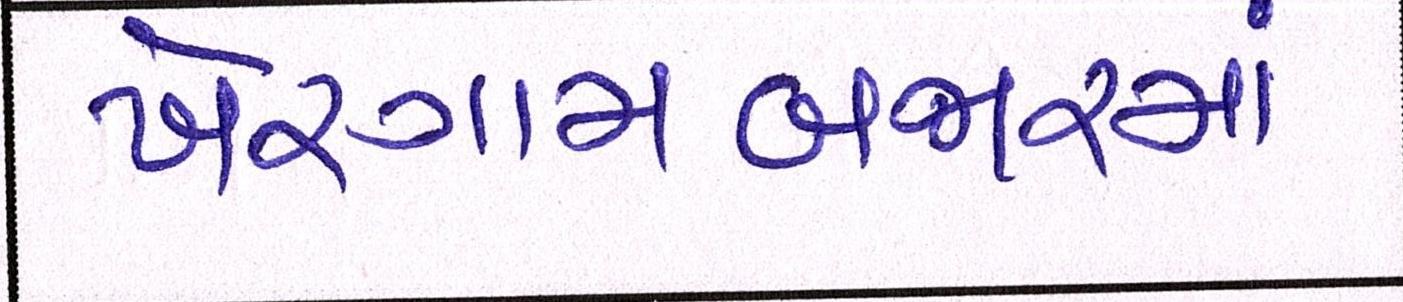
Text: ખેરગામબજારમાં